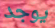
يوجد